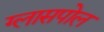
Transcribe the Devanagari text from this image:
ग्लासपोल